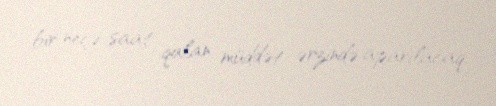
bir neçə saat qalan müddət ərzində aparılacaq.